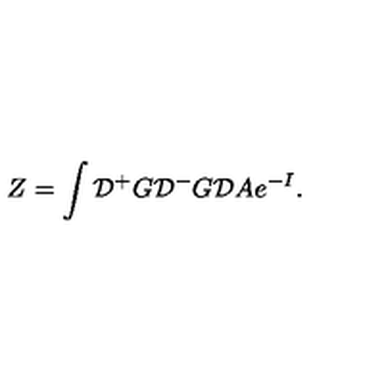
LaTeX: Z = \int { \cal D } { ^ + } G { \cal D } { ^ - } G { \cal D } A e ^ { - I } .